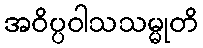
အဝိပ္ပဝါသသမ္မုတိ